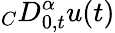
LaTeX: {}_{C}D_{0,t}^{\alpha}u(t)